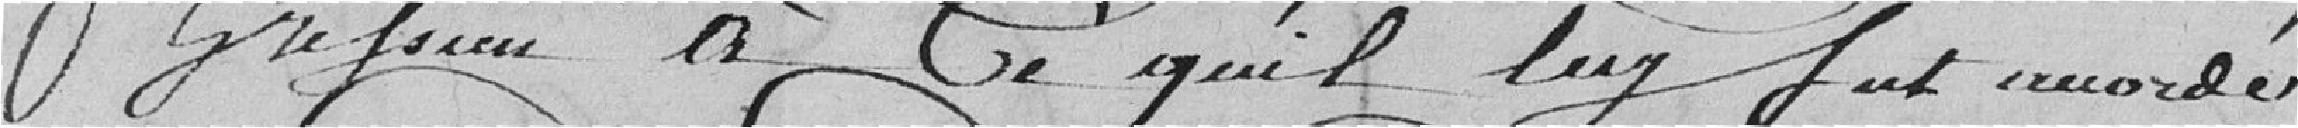
Gressien, à ce qu'il lui fut mandé